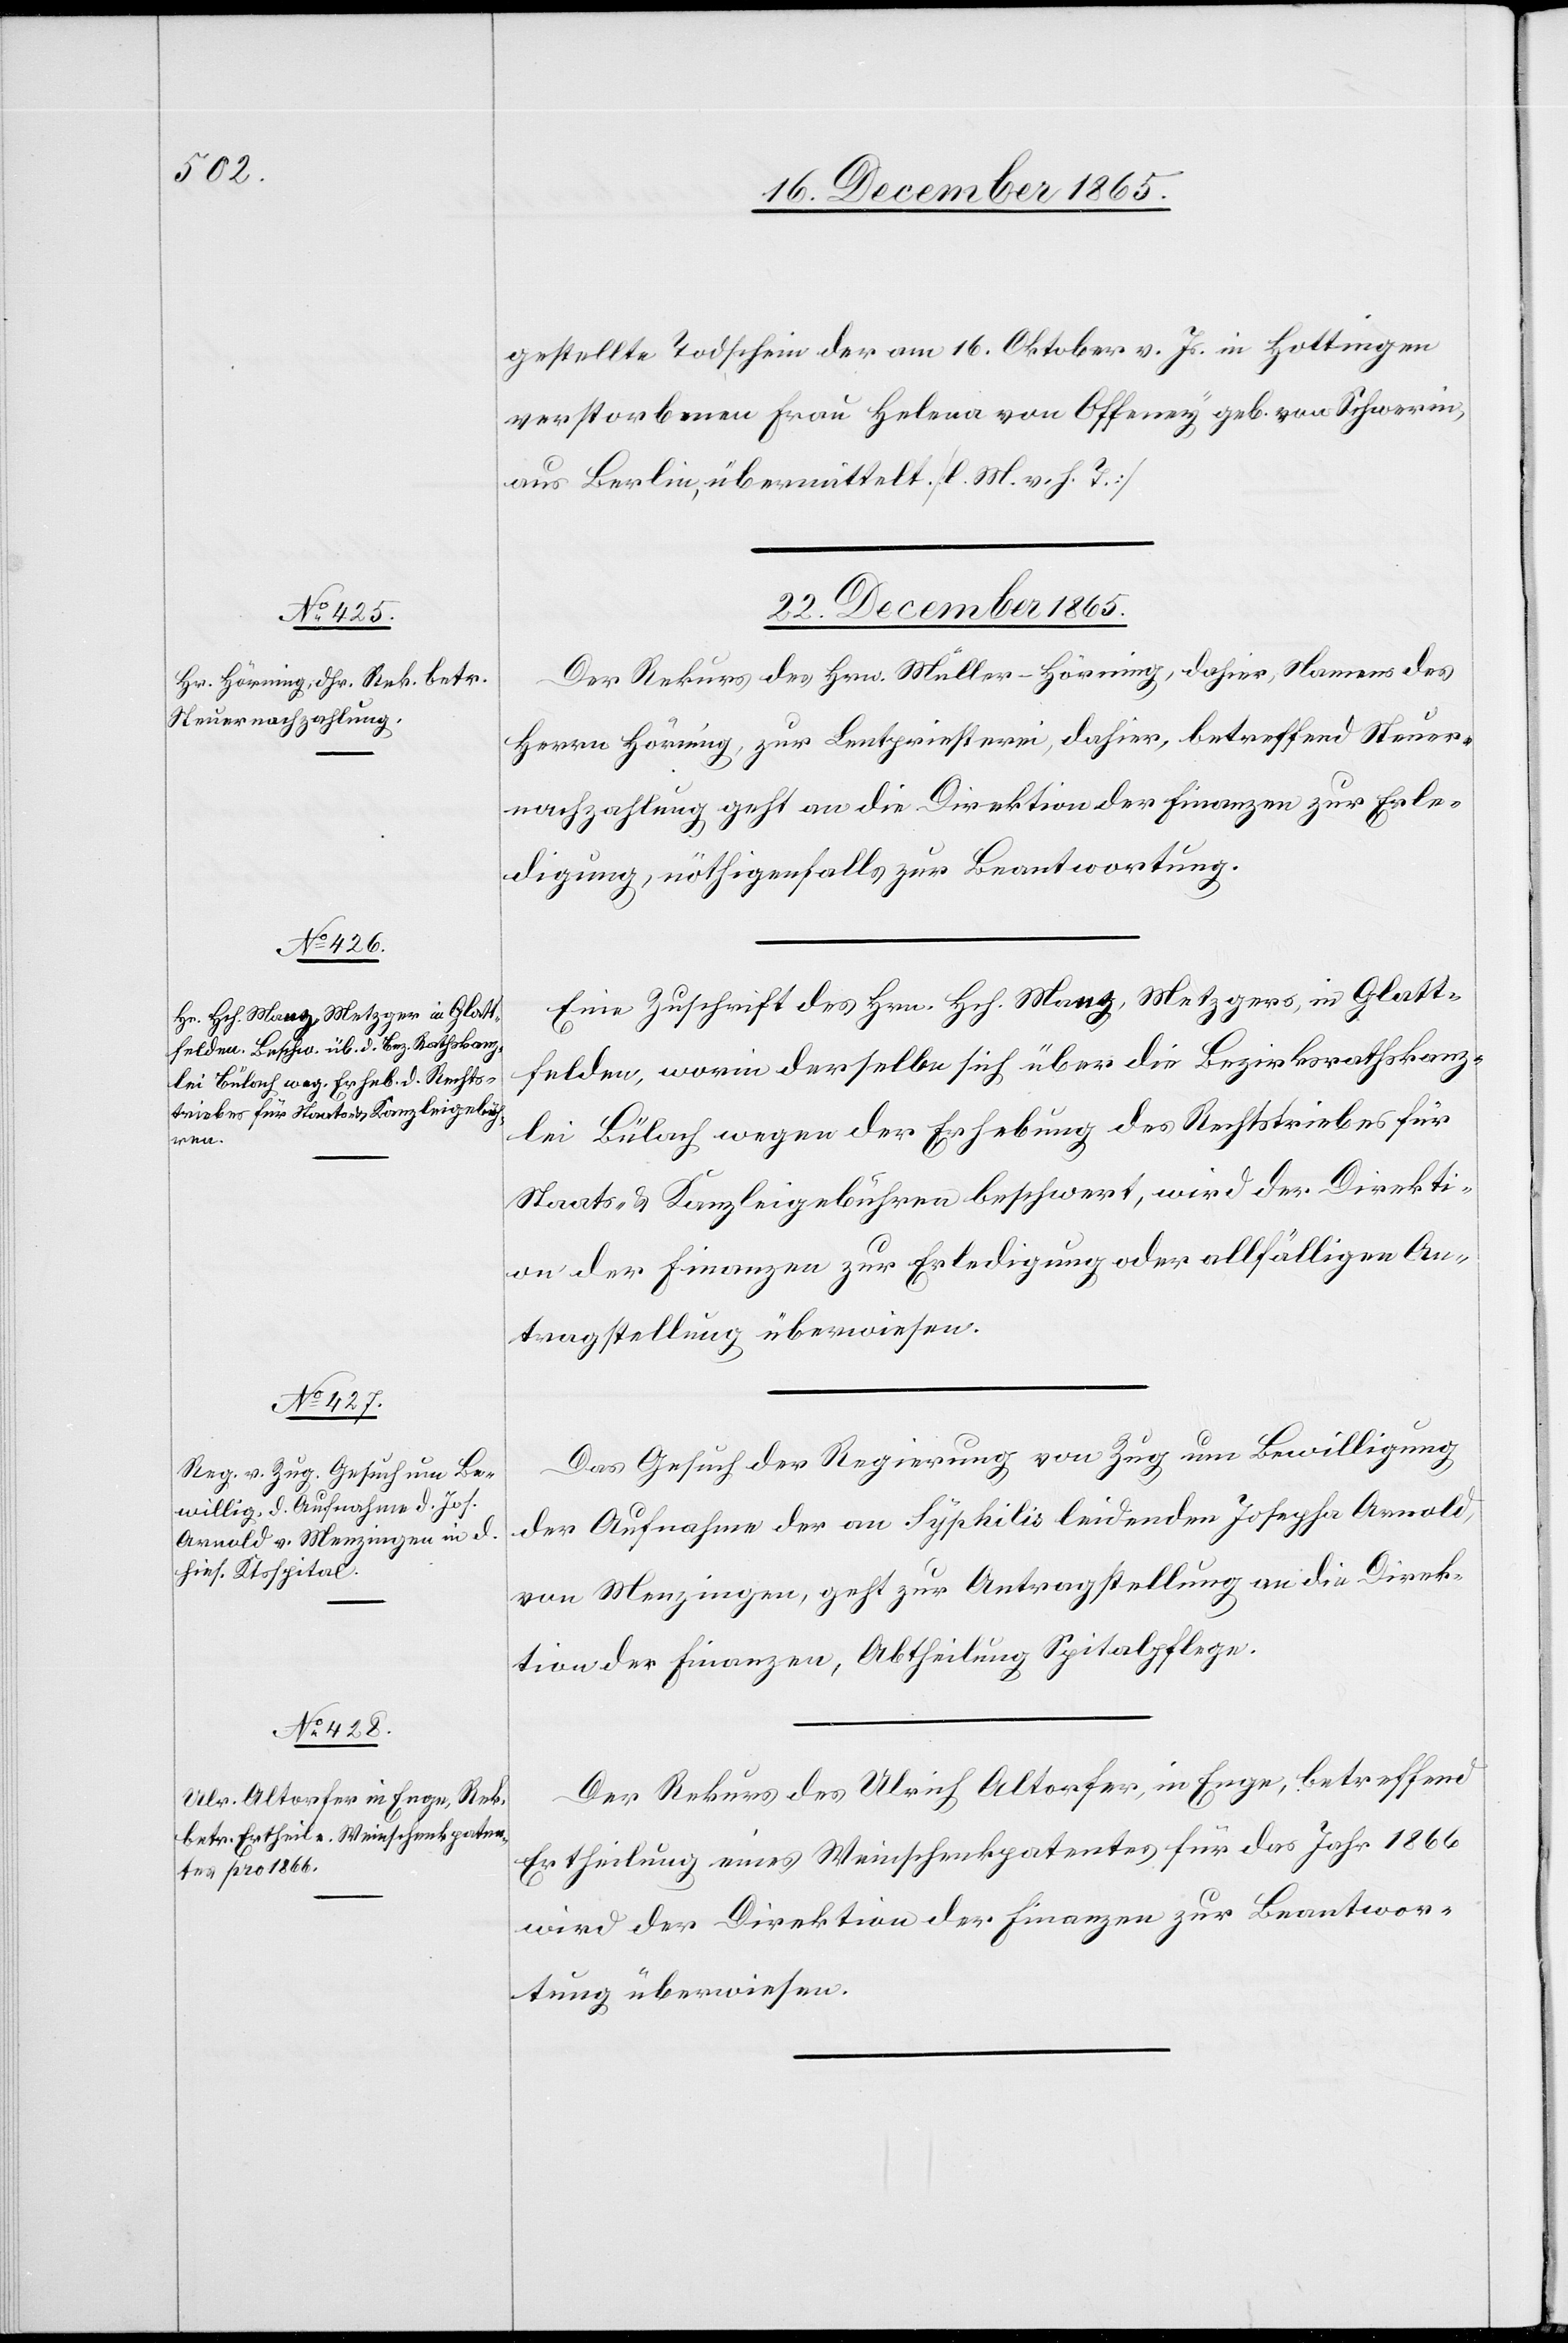
gestellte Todschein der am 16. Oktober v. Js. in Hottingen
verstorbenen Frau Helena von Offeney, geb. von Schwerin,
aus Berlin, übermittelt. [l. M. v. h. T.]
22. December 1865.]
Der Rekurs des Hrn. Müller-Hörning, dahier, Namens des
Herrn Hörning, zur Lentpriesterei, dahier, betreffend Steuer¬
nachzahlung geht an die Direktion der Finanzen zur Erle¬
digung, nöthigenfalls zur Beantwortung.
Eine Zuschrift des Hrn. Hch. Menz, Metzgers, in Glatt¬
felden, worin derselbe sich über die Bezirksrathskanz¬
lei Bülach wegen der Erhebung des Rechtstriebes für
Staats- & Kanzleigebühren beschwert, wird der Direkti¬
on der Finanzen zur Erledigung oder allfälligen An¬
tragstellung überwiesen.
Das Gesuch der Regierung von Zug um Bewilligung
der Aufnahme der an Syphilis leidenden Josepha Arnold
von Menzingen, geht zur Antragstellung an die Direk¬
tion der Finanzen, Abtheilung Spitalpflege.
Der Rekurs des Ulrich Altorfer, in Enge, betreffend
Ertheilung eines Weinschenkpatentes für das Jahr 1866
wird der Direktion der Finanzen zur Beantwor¬
tung überwiesen.